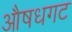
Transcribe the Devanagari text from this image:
औषधगट